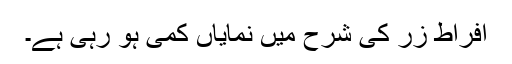
افراط زر کی شرح میں نمایاں کمی ہو رہی ہے۔